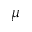
\mu